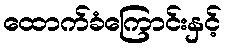
ထောက်ခံကြောင်းနှင့်